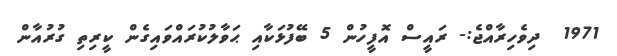
1971  ދިވެހިރާއްޖެ:- ރައީސް އޮފީހުން 5 ބޭފުޅަކާއި ޙަވާލުކުރައްވައިގެން ކީރިތި ގުރުއާން